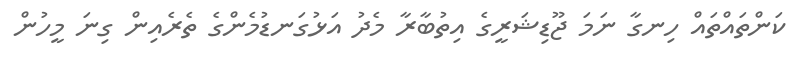
ކަންތައްތައް ހިނގާ ނަމަ ޖޫޑިޝަރީގެ އިތުބާރާ މެދު އަޅުގަނޑުމެންގެ ތެރެއިން ގިނަ މީހުން